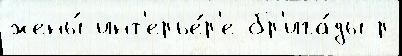
жены́ инт'ерье́р'е бр'ига́ды р